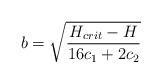
LaTeX: \begin{align*}b = \sqrt{\frac{H_{crit}-H}{16c_1+2c_2}}\end{align*}